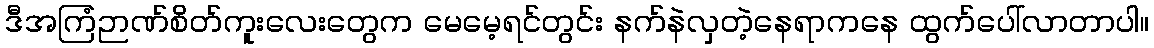
ဒီအကြံဉာဏ်စိတ်ကူးလေးတွေက မေမေ့ရင်တွင်း နက်နဲလှတဲ့နေရာကနေ ထွက်ပေါ်လာတာပါ။